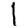
Digit: 1